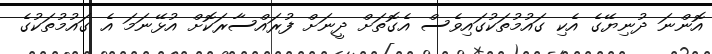
އޮންނަ ދުނިޔޭގެ އެކި ގައުމުތަކުގައިވެސް އެގޮތަށް ދީނަށް ފުރައްސާރަކޮށް އުޅޭނަމަ އެ ގައުމުތަކުގެ